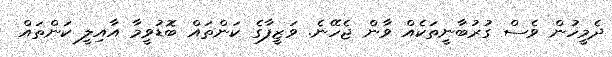
ދެމީހުން ވެސް ގުރުބާނީތަކެއް ވާން ޖެހޭނެ. ވަޒީފާގެ ކަންތައް ބޮޑުވީމާ އާއިލީ ކަންތައް